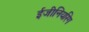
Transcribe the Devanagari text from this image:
ईजीनियरिग